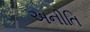
અનીતિ